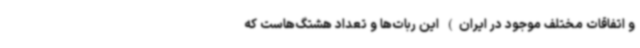
و اتفاقات مختلف موجود در ایران) این ربات‌ها و تعداد هشتگ‌هاست که